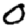
Digit: 0